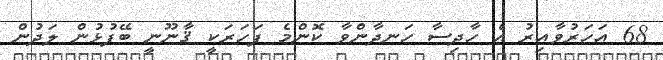
68 އަހަރުވާއިރު އެ ހާދިސާ ހަނދާންވާ ކޮންމެ ފަހަރަކީ ޤާނޫނީ ބޭފުޅުން ލަދުން